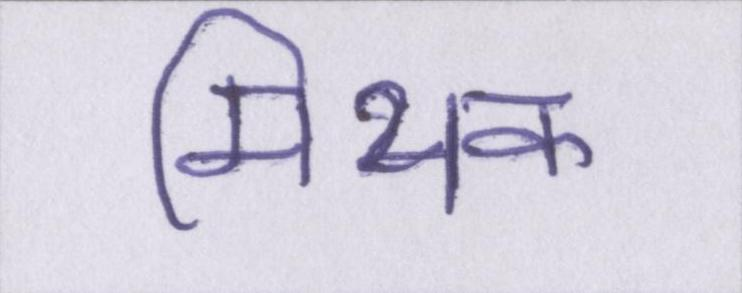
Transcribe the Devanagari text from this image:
मिथक